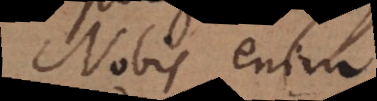
Nobis enim